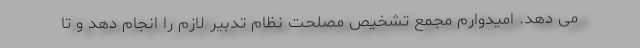
می دهد. امیدوارم مجمع تشخیص مصلحت نظام تدبیر لازم را انجام دهد و تا